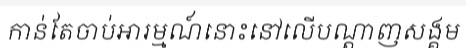
កាន់តែចាប់អារម្មណ៍នោះនៅលើបណ្តាញសង្គម